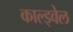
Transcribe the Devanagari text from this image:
काल्ड्वेल